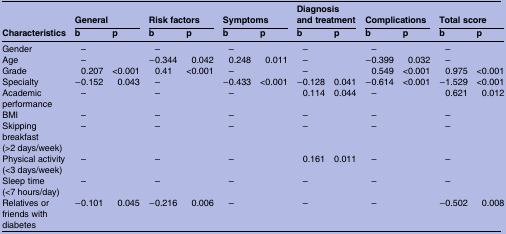
|  | <COLSPAN=2> General | <COLSPAN=2> Risk factors | <COLSPAN=2> Symptoms | <COLSPAN=2> Diagnosis and treatment | <COLSPAN=2> Complications | <COLSPAN=2> Total score |
 | Characteristics | b | p | b | p | b | p | b | p | b | p | b | p |
 | --- | --- | --- | --- | --- | --- | --- | --- | --- | --- | --- | --- | --- |
 | Gender | – |  | – |  | – |  | – |  | – |  | – |  |
 | Age | – |  | −0.344 | 0.042 | 0.248 | 0.011 | – |  | −0.399 | 0.032 | – |  |
 | Grade | 0.207 | <0.001 | 0.41 | <0.001 | – |  | – |  | 0.549 | <0.001 | 0.975 | <0.001 |
 | Specialty | −0.152 | 0.043 | – |  | −0.433 | <0.001 | −0.128 | 0.041 | −0.614 | <0.001 | −1.529 | <0.001 |
 | Academic performance | – |  | – |  | – |  | 0.114 | 0.044 | – |  | 0.621 | 0.012 |
 | BMI | – |  | – |  | – |  | – |  | – |  | – |  |
 | Skipping breakfast (>2 days/week) | – |  | – |  | – |  | – |  | – |  | – |  |
 | Physical activity (<3 days/week) | – |  | – |  | – |  | 0.161 | 0.011 | – |  | – |  |
 | Sleep time (<7 hours/day) | – |  | – |  | – |  | – |  | – |  | – |  |
 | Relatives or friends with diabetes | −0.101 | 0.045 | −0.216 | 0.006 | – |  | – |  | – |  | −0.502 | 0.008 |